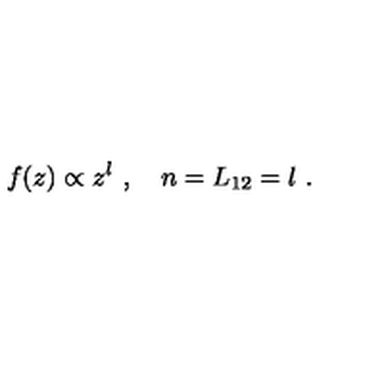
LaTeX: f ( z ) \propto z ^ { l } \ , \quad n = L _ { 1 2 } = l \ .